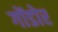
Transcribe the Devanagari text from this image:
गोंडोर